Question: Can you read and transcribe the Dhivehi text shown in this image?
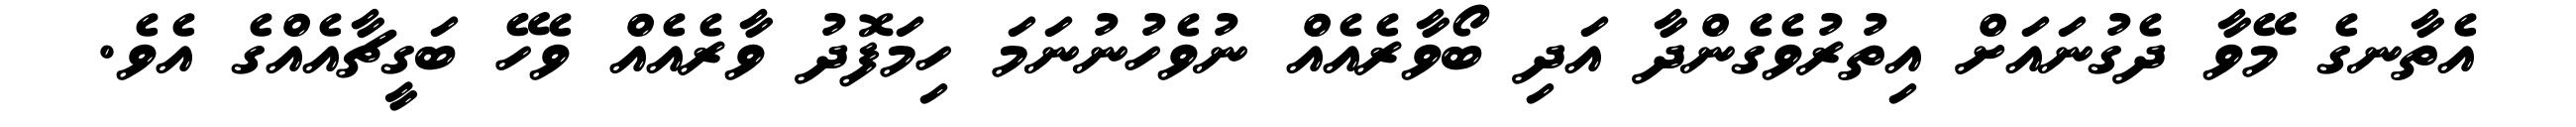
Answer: އެތާނގެ މޭވާ ދެގުނައަށް އިތުރުވެގެންދާ އަދި ބޯވާރެއެއް ނުވެހުނުނަމަ ހިމަފޮދު ވާރެއެއް ވެހޭ ބަގީޗާއެއްގެ އެވެ.